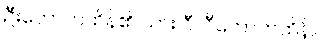
ဦးတောက်ထိန်၏ သား ဝီလီတောက်ထိန်။